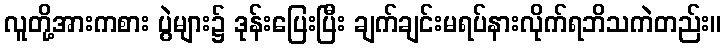
လူတို့အားကစား ပွဲများ၌ ဒုန်းပြေးပြီး ချက်ချင်းမရပ်နားလိုက်ရဘိသကဲတည်း။